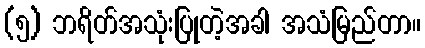
(၅) ဘရိတ်အသုံးပြုတဲ့အခါ အသံမြည်တာ။